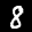
Label: 8